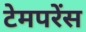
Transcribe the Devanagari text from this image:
टेमपरेंस